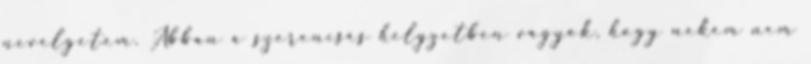
nevelgetem. Abban a szerencsés helyzetben vagyok, hogy nekem nem